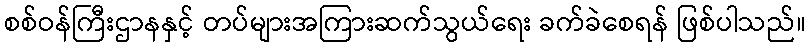
စစ်ဝန်ကြီးဌာနနှင့် တပ်များအကြားဆက်သွယ်ရေး ခက်ခဲစေရန် ဖြစ်ပါသည်။